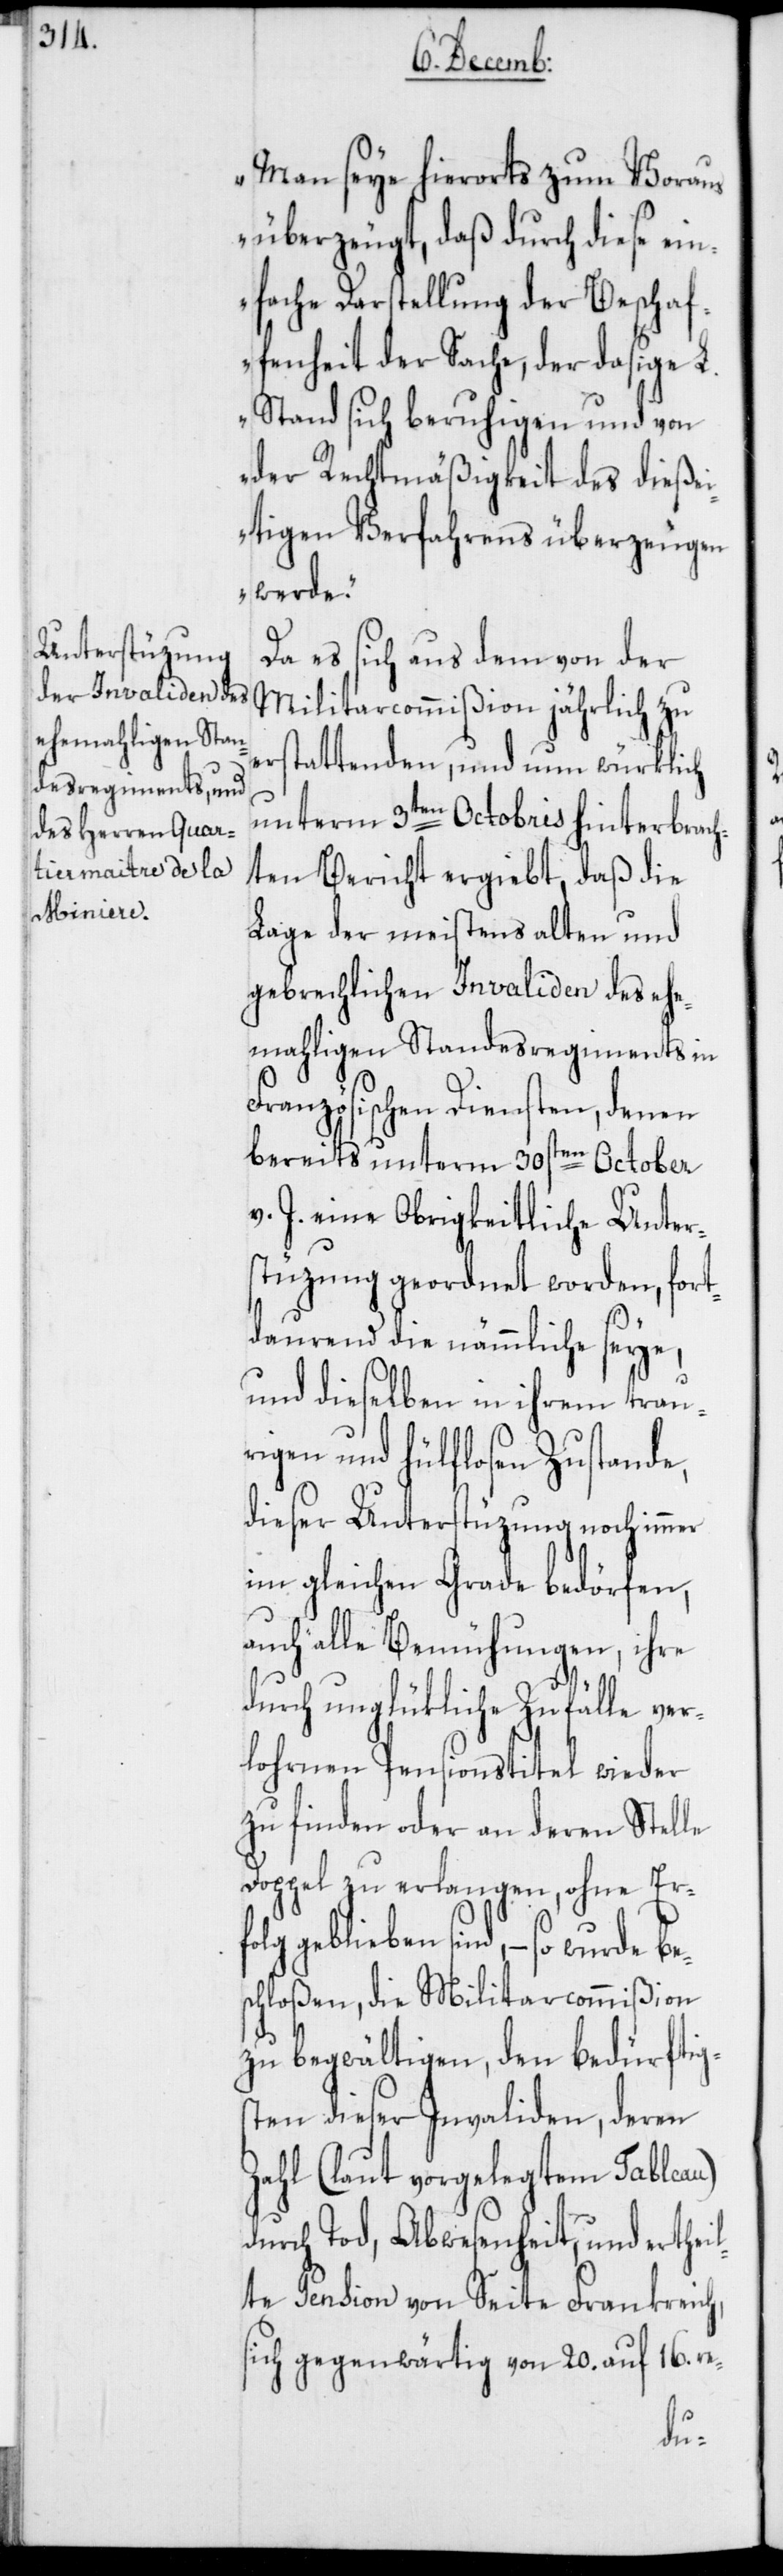
Man seye hierorts zum Vorau¬
s überzeugt, daß durch diese ein¬
fache Darstellung der Beschaf¬
fenheit der Sache, der dasige L.
Stand sich beruhigen und von
der Rechtmäßigkeit des dießei¬
tigen Verfahrens überzeugen
werde.“
Da es sich aus dem von der
Militarcommißion jährlich zu
erstattenden, und nun würklich
unterm 3ten Octobris hinterbrach¬
ten Bericht ergiebt, daß die
Lage der meistens alten und
gebrechlichen Invaliden des ehe¬
mahligen Standesregiments in
Französischen Diensten, denen
bereits unterm 30sten October
v. J. eine Obrigkeitliche Unter¬
stüzung geordnet worden, fort¬
dauernd die nämmliche seye,
und dieselben in ihrem trau¬
rigen und hülflosen Zustande,
dieser Unterstüzung noch immer
im gleichen Grade bedörfen,
auch alle Bemühungen, ihre
durch unglükliche Zufälle ver¬
lohrenen Pensionstitel wieder
zu finden oder an deren Stelle
Doppel zu erlangen, ohne Erfo¬
lg geblieben sind, – so wurde
schloßen, die Militarcommißion
zu begwältigen, den bedürftigs¬
ten dieser Invaliden, deren
Zahl (laut vorgelegtem Tableau)
durch Tod, Abwesenheit, und erthei¬
lte Pension von Seite Frankreich,
sich gegenwärtig von 20. auf 16. re-
be¬